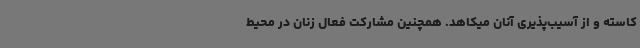
کاسته و از آسیب‌پذیری آنان میکاهد. همچنین مشارکت فعال زنان در محیط